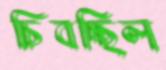
চিবচ্ছিল